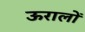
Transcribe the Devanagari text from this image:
ऊरालों